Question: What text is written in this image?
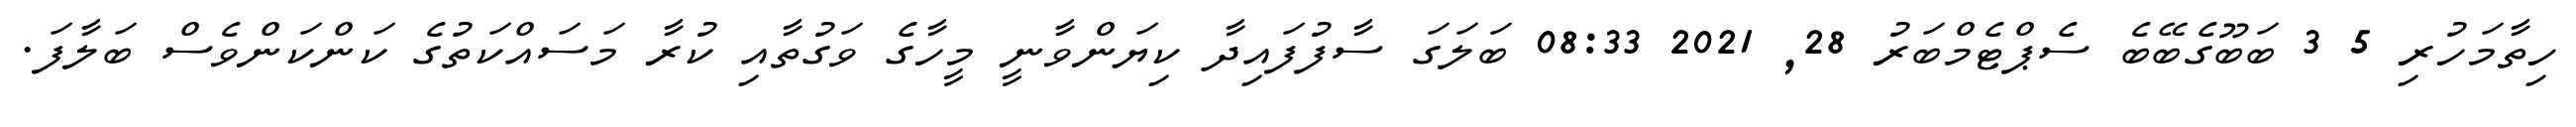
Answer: ހިތާމަހުރި 5 3 ބަބޫގެބޭބެ ސެޕްޓެމްބަރު 28, 2021 08:33 ބަލަގަ ސާފުފައިދާ ކިޔަންވާނީ މީހާގެ ވަގުތާއި ކުރާ މަސައްކަތުގެ ކަންކަންވެސް ބަލާފަ.